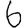
Digit: 6